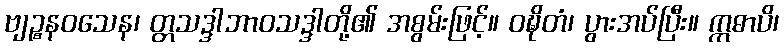
ဗျဉ္စနဝသေန၊ တ္တသဒ္ဒါဘာဝသဒ္ဒါတို့၏ အစွမ်းဖြင့်။ ဝဍ္ဎိတံ၊ ပွားအပ်ပြီး။ ဣဓာပိ၊